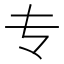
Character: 专